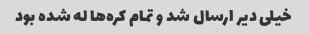
خیلی دیر ارسال شد و تمام کره‌ها له شده بود